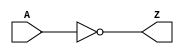
`timescale 1ns / 1ps
//////////////////////////////////////////////////////////////////////////////////
// Company: 
// Engineer: 
// 
// Design Name: 
// Module Name: AND
// Project Name: 
// Target Devices: 
// Tool Versions: 
// Description: 
// 
// Dependencies: 
// 
// Revision:
// Revision 0.01 - File Created
// Additional Comments:
// 
//////////////////////////////////////////////////////////////////////////////////


module NOT #(parameter WIDTH = 1)(
    output [WIDTH-1:0] Z,
    input  [WIDTH-1:0] A
    );
    
    
    
    generate
    genvar i;
    for(i = 0; i < WIDTH; i = i+1) begin
    nand u0(Z[i],A[i],A[i]);
    end
    endgenerate
endmodule